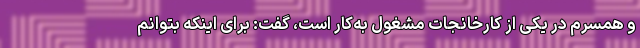
و همسرم در یکی از کارخانجات مشغول به‌کار است، گفت: برای اینکه بتوانم